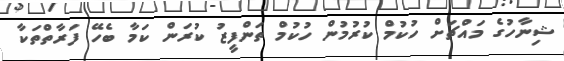
ޝިނާހުގެ މައްޗަށް ހުކުމް ކުރުމުން ހުކުމް ތަންފީޒު ކުރަން ކަމާ ބެހޭ ފަރާތްތަކާ